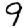
Digit: 9